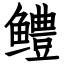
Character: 鳢